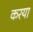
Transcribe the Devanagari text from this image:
करया